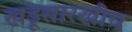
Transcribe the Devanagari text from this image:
खडूसारखीच